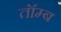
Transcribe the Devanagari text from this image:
तॉम्ब